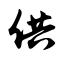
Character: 供